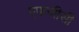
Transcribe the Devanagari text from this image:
एफजीसी